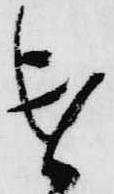
遣